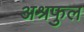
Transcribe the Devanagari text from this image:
अश्रफुल